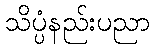
သိပ္ပံနည်းပညာ